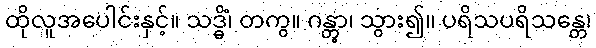
ထိုလူအပေါင်းနှင့်။ သဒ္ဓိံ၊ တကွ။ ဂန္တွာ၊ သွား၍။ ပရိသပရိသန္တေ၊